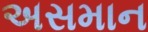
અસમાન